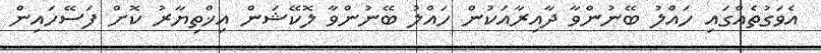
އެވަގުތެއްގައި ހައްލު ބޭނުންވާ ދާއިރާއަކުން ހައްލު ބޭނުންވާ ލޮކޭޝަން އިޚްތިޔާރު ކޮށް ފަސޭހައިން